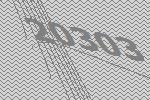
20303